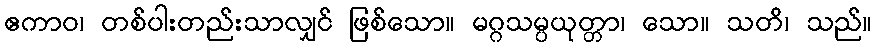
ဧကာဝ၊ တစ်ပါးတည်းသာလျှင် ဖြစ်သော။ မဂ္ဂသမ္ပယုတ္တာ၊ သော။ သတိ၊ သည်။